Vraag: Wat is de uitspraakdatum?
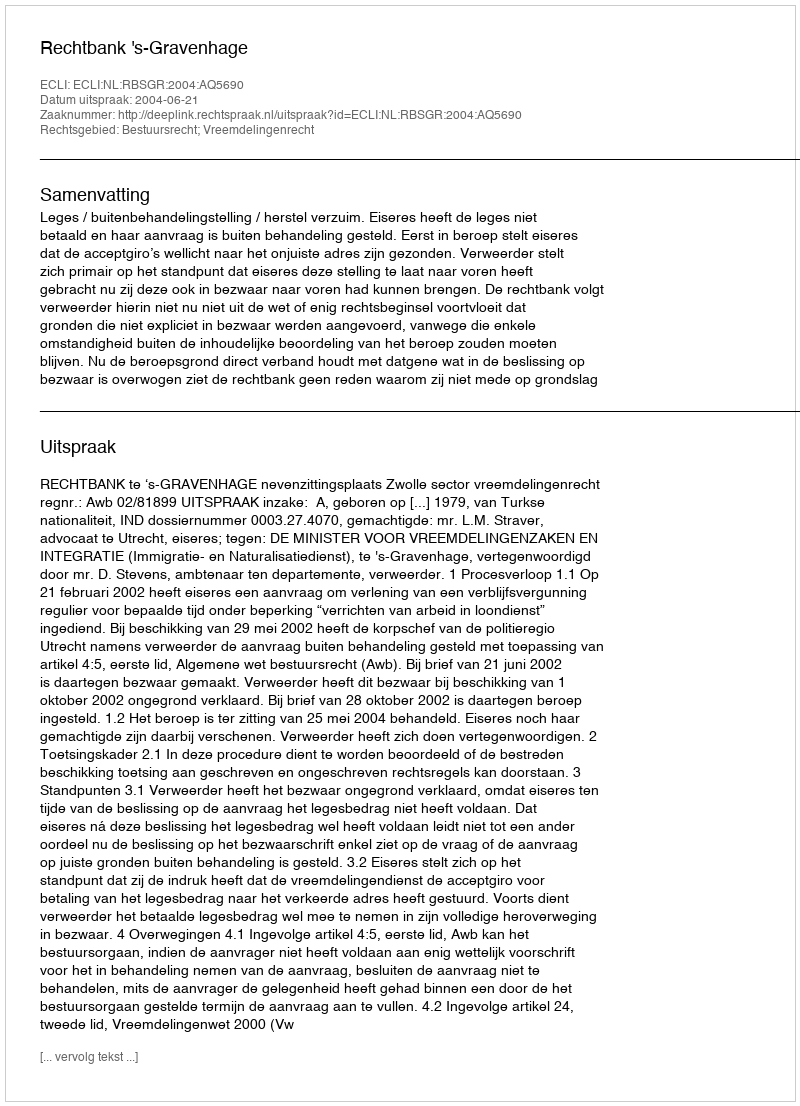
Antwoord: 2004-06-21